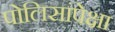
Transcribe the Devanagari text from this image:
पोलिसांपेक्षा